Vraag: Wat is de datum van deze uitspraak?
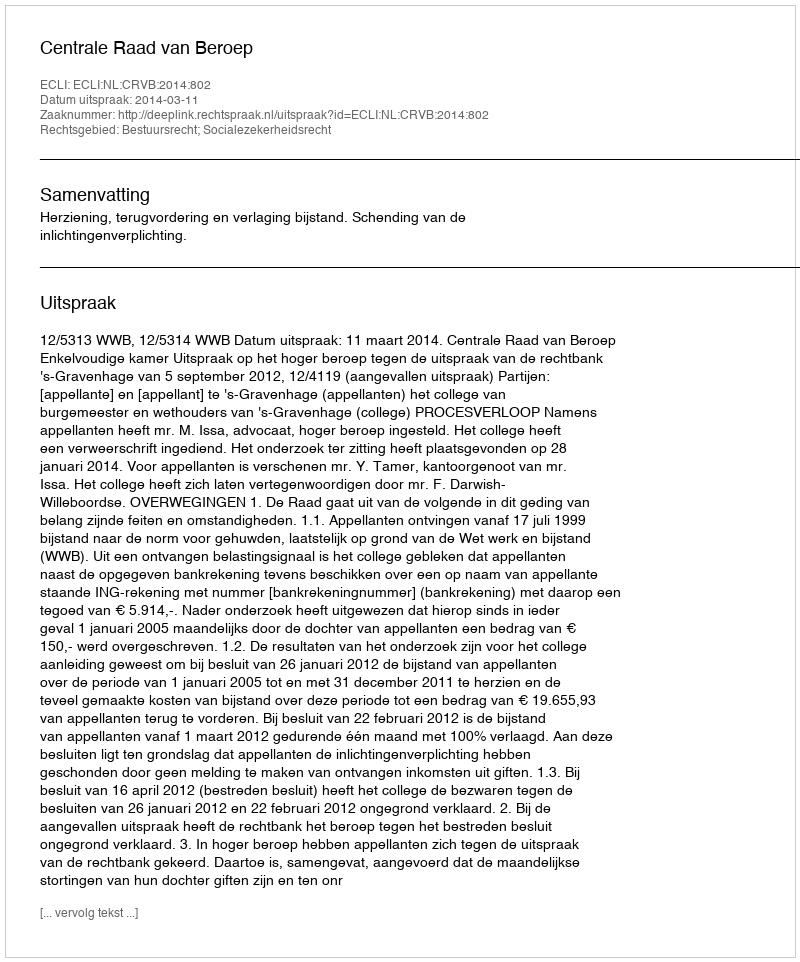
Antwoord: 2014-03-11